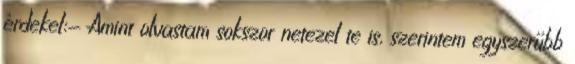
érdekel:- Amint olvastam sokszor netezel te is, szerintem egyszerűbb